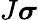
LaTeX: J{\boldsymbol{\sigma}}